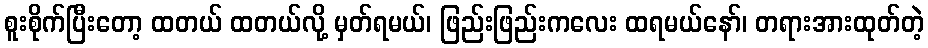
စူးစိုက်ပြီးတော့ ထတယ် ထတယ်လို့ မှတ်ရမယ်၊ ဖြည်းဖြည်းကလေး ထရမယ်နော်၊ တရားအားထုတ်တဲ့